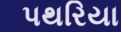
પથરિયા